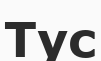
Тус